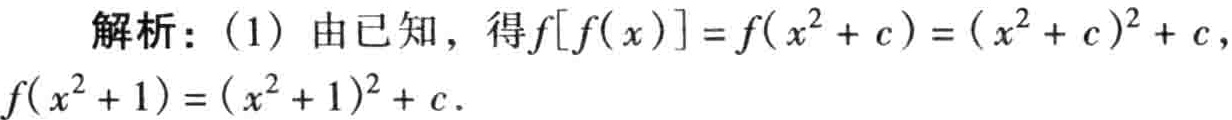
解析：(1) 由已知，得\(f[f(x)] = f(x^{2}+c)=(x^{2}+c)^{2}+c\)，\(f(x^{2}+1)=(x^{2}+1)^{2}+c\)。